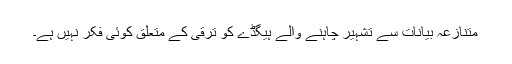
متنازعہ بیانات سے تشہیر چاہنے والے ہیگڈے کو ترقی کے متعلق کوئی فکر نہیں ہے۔